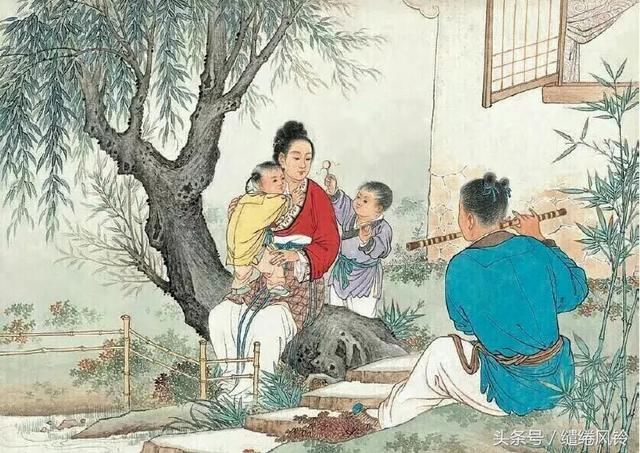
举头望云林，愧听慧鸟语。